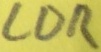
Text: LDR